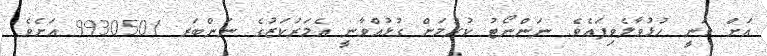
އަށް ވަނީ ހުޅުވާލެވިފައެވެ. ނަންނޯޓު ކުރުމަށް ގުޅުއްވާނީ އެމަރުކަޒުގެ ނަންބަރ 9930501 އަށެވެ.